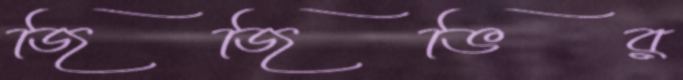
জিজিভির